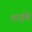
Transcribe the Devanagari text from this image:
शाईचे